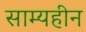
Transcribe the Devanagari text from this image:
साम्यहीन